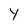
Character: Y